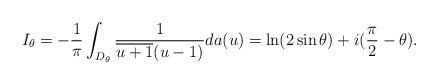
LaTeX: \begin{align*} I_{\theta} = -\frac{1}{\pi}\int_{D_{\theta} }\frac{1}{\overline{u+1} (u-1)} da(u) = \ln(2\sin\theta)+i(\frac{\pi}{2}-\theta).\end{align*}